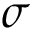
\sigma